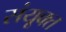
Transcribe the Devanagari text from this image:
संयूक्त